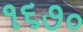
૧૬૭૦